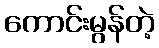
ကောင်းမွန်တဲ့